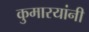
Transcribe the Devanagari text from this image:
कुमारयांनी